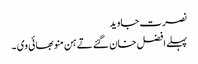
نصرت جاوید
پہلے افضل خان گئے تے ہن منو بھائی وی ۔